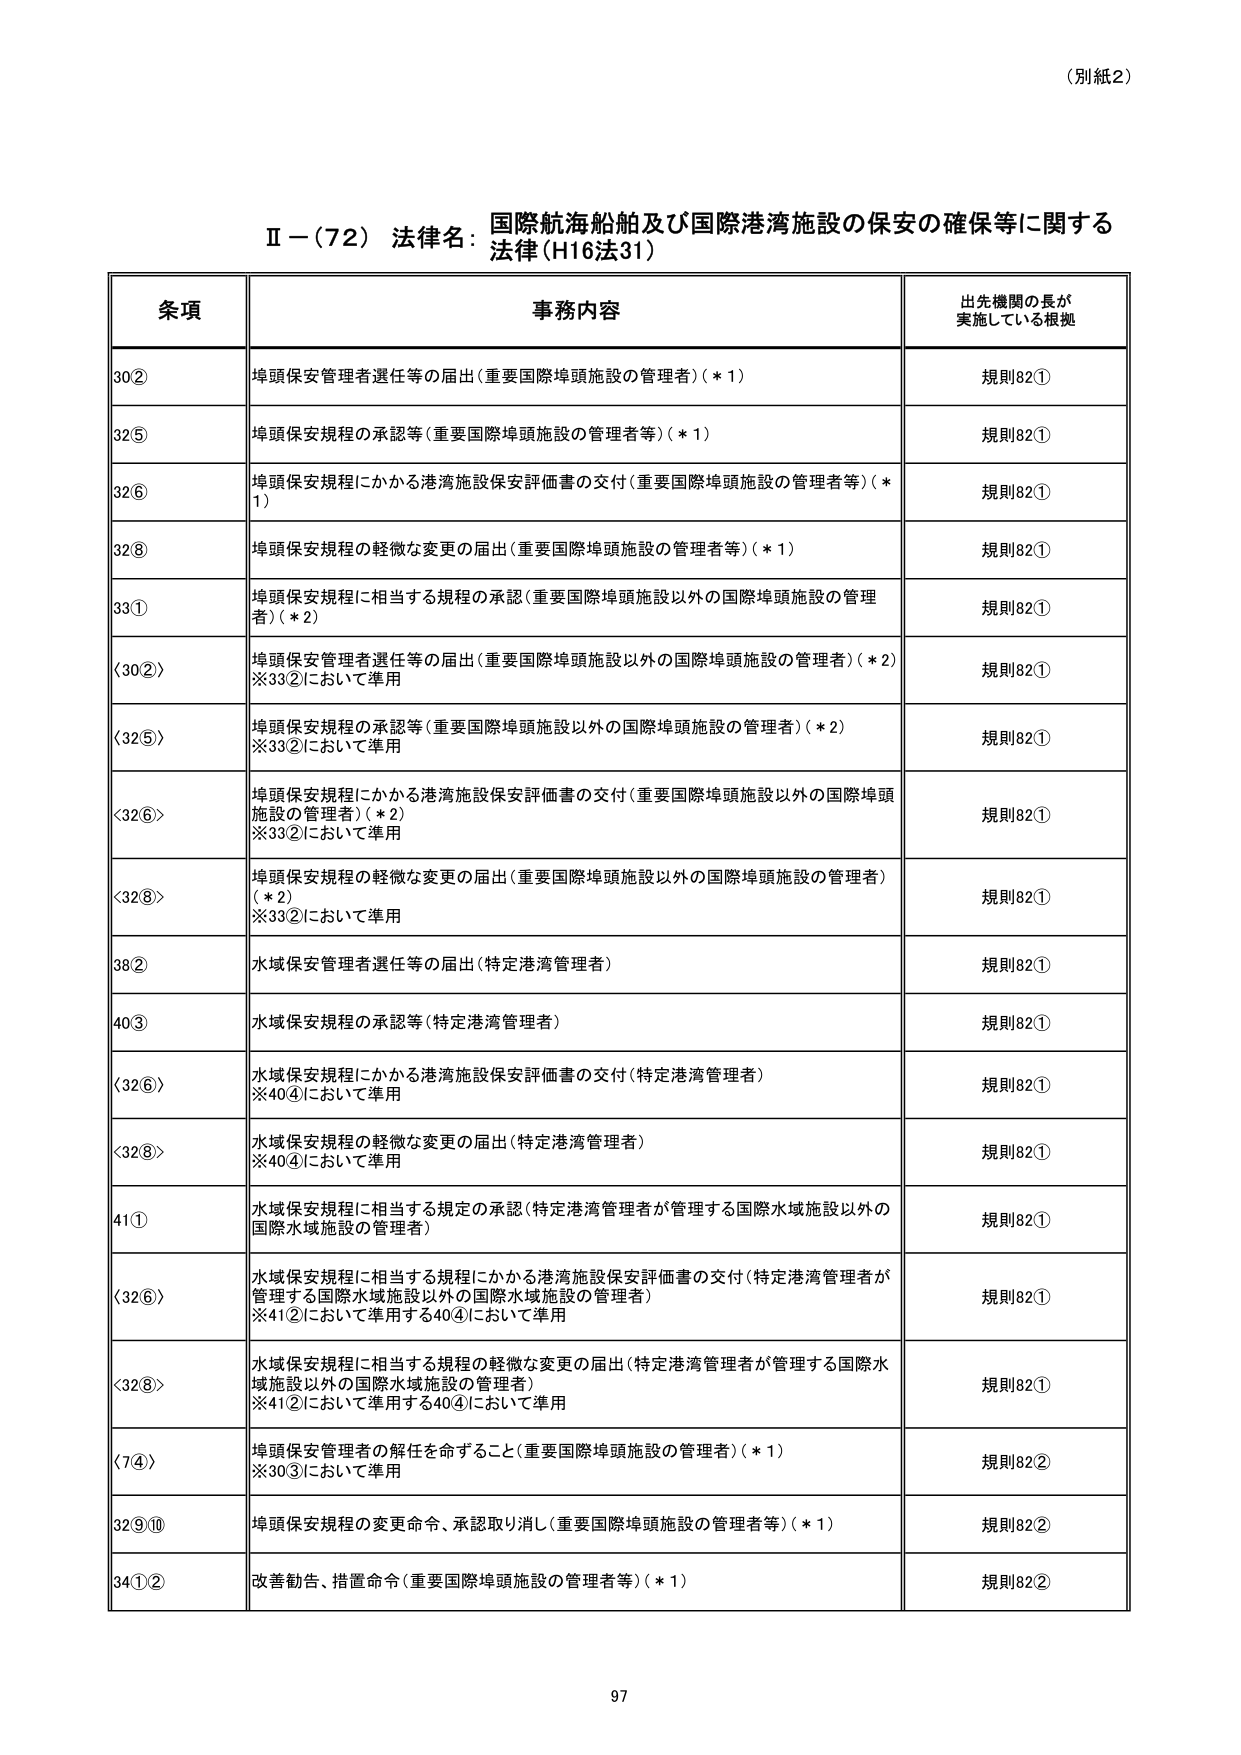
（別紙2）

Ⅱ－（72）法律名：国際航海船舶及び国際港湾施設の保安の確保等に関する法律（H16法31）

条項 事務内容 出先機関の長が実施している根拠

30② 埠頭保安管理者選任等の届出（重要国際埠頭施設の管理者）（＊1） 規則82①

32⑤ 埠頭保安規程の承認等（重要国際埠頭施設の管理者等）（＊1） 規則82①

32⑥ 埠頭保安規程にかかる港湾施設保安評価書の交付（重要国際埠頭施設の管理者等）（＊1） 規則82①

32⑧ 埠頭保安規程の軽微な変更の届出（重要国際埠頭施設の管理者等）（＊1） 規則82①

33① 埠頭保安規程に相当する規程の承認（重要国際埠頭施設以外の国際埠頭施設の管理者）（＊2） 規則82①

〈30②〉 埠頭保安管理者選任等の届出（重要国際埠頭施設以外の国際埠頭施設の管理者）（＊2） ※33②において準用 規則82①

〈32⑤〉 埠頭保安規程の承認等（重要国際埠頭施設以外の国際埠頭施設の管理者）（＊2） ※33②において準用 規則82①

〈32⑥〉 埠頭保安規程にかかる港湾施設保安評価書の交付（重要国際埠頭施設以外の国際埠頭施設の管理者）（＊2） ※33②において準用 規則82①

〈32⑧〉 埠頭保安規程の軽微な変更の届出（重要国際埠頭施設以外の国際埠頭施設の管理者）（＊2） ※33②において準用 規則82①

38② 水域保安管理者選任等の届出（特定港湾管理者） 規則82①

40③ 水域保安規程の承認等（特定港湾管理者） 規則82①

〈32⑥〉 水域保安規程にかかる港湾施設保安評価書の交付（特定港湾管理者） ※40④において準用 規則82①

〈32⑧〉 水域保安規程の軽微な変更の届出（特定港湾管理者） ※40④において準用 規則82①

41① 水域保安規程に相当する規定の承認（特定港湾管理者が管理する国際水域施設以外の国際水域施設の管理者） 規則82①

〈32⑥〉 水域保安規程に相当する規程にかかる港湾施設保安評価書の交付（特定港湾管理者が管理する国際水域施設以外の国際水域施設の管理者） ※41②において準用する40④において準用 規則82①

〈32⑧〉 水域保安規程に相当する規程の軽微な変更の届出（特定港湾管理者が管理する国際水域施設以外の国際水域施設の管理者） ※41②において準用する40④において準用 規則82①

〈7④〉 埠頭保安管理者の解任を命ずること（重要国際埠頭施設の管理者）（＊1） ※30③において準用 規則82②

32⑨⑩ 埠頭保安規程の変更命令、承認取り消し（重要国際埠頭施設の管理者等）（＊1） 規則82②

34①② 改善勧告、措置命令（重要国際埠頭施設の管理者等）（＊1） 規則82②

97